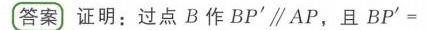
**答案** 证明：过点 \(B\) 作 \(BP'\parallel AP\)，且 \(BP' =\)